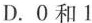
D.0和1